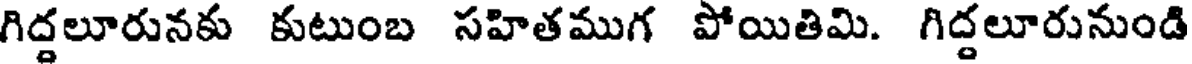
గిద్దలూరునకు కుటుంబ సహితముగ పోయితిమి. గిద్దలూరునుండి